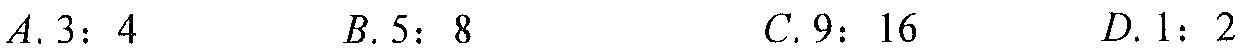
$A.3:4$  $B.5:8$  $C.9:16$  $D.1:2$